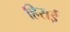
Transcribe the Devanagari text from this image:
हिराई